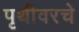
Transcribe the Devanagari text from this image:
पृथीवरचे